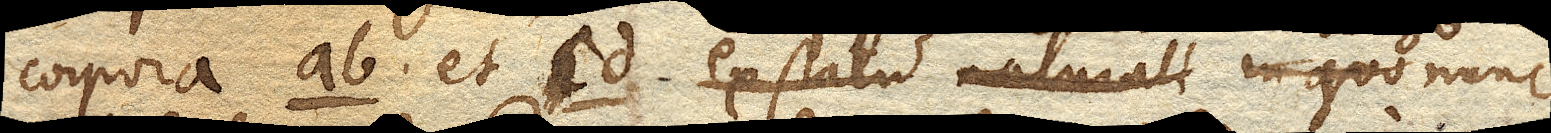
corpora ab. et cd. ex statu naturali in quo